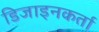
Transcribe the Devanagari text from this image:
डिजाइनकर्ता